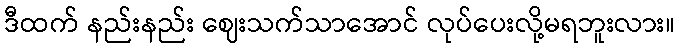
ဒီထက် နည်းနည်း ဈေးသက်သာအောင် လုပ်ပေးလို့မရဘူးလား။